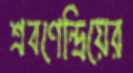
শ্রবণেন্দ্রিয়ের